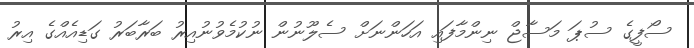
ސޯފީގެ ސުޕަ މަސާޖް ނިންމާފައި އަހަންނަށް ސެލޫނުން ނުކުމެވުނުއިރު ބަރާބަރު ގަޑިއެއްގެ އިރު